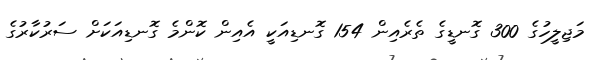
މަޖިލީހުގެ 300 ގޮނޑީގެ ތެރެއިން 154 ގޮނޑިއަކީ އެއިން ކޮންމެ ގޮނޑިއަކަށް ސަރުކާރުގެ